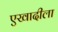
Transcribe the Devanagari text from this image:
एखादीला